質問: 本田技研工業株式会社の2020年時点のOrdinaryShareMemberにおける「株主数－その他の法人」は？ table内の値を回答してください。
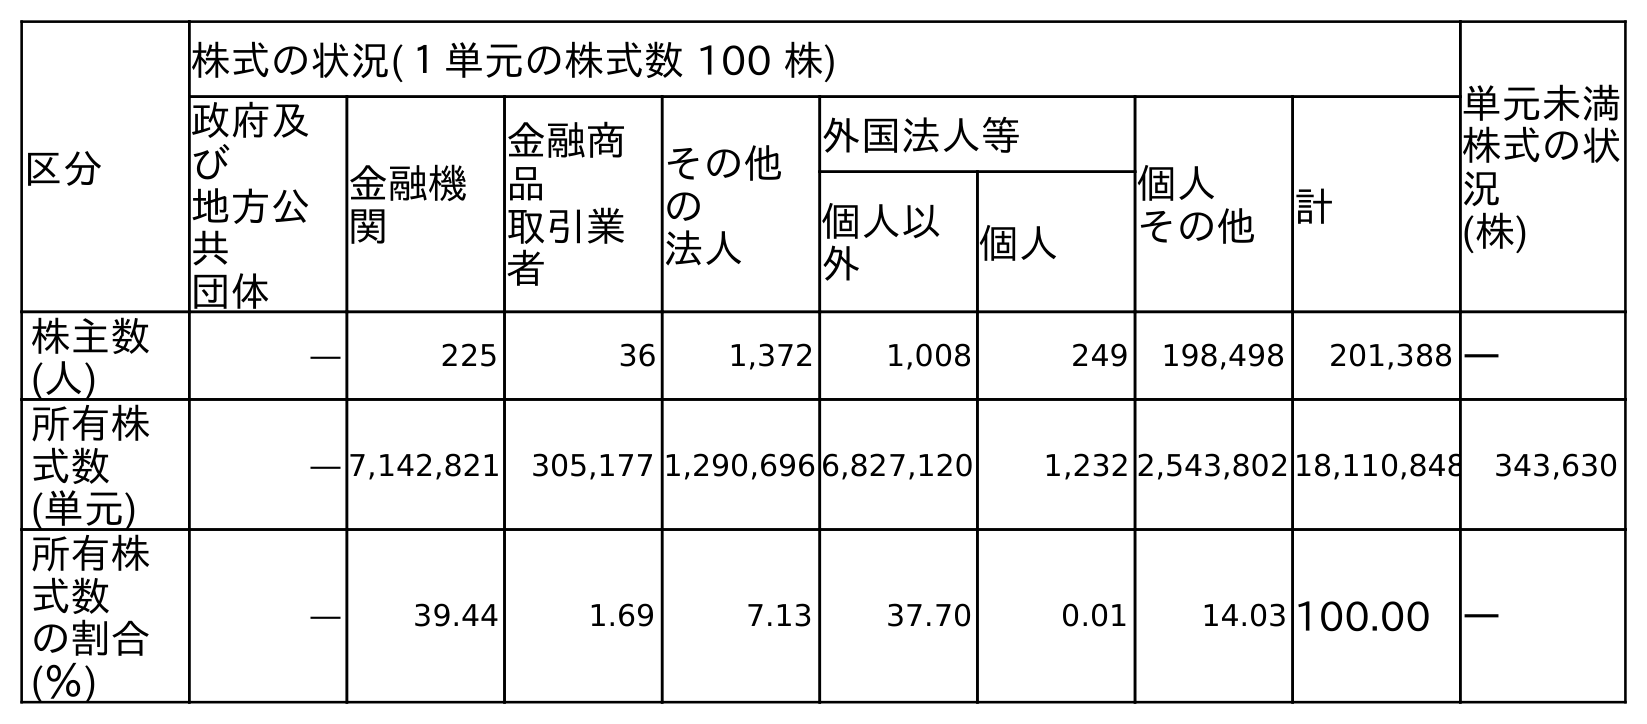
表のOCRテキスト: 区分 株式の状況(１単元の株式数 100 株) 単元未満 株式の状 況 (株) 政府及 び 地方公 共 団体 金融機 関 金融商 品 取引業 者 その他 の 法人 外国法人等 個人 その他 計 個人以 外 個人 株主数 (人) ― 225 36 1,372 1,008 249 198,498 201,388 ― 所有株 式数 (単元) ― 7,142,821 305,177 1,290,696 6,827,120 1,232 2,543,802 18,110,848 343,630 所有株 式数 の割合 (％) ― 39.44 1.69 7.13 37.70 0.01 14.03 100.00 ―
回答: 1,372